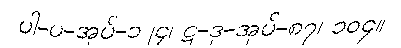
ပါ-ပ-အုပ်-၁၂၄၊ ဋ္ဌ-ဒု-အုပ်-၈၇၊ ၁၀၄။